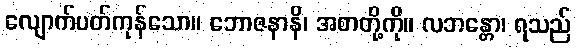
လျောက်ပတ်ကုန်သော။ ဘောဇနာနိ၊ အစာတို့ကို။ လဘန္တော၊ ရသည်